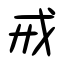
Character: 戒